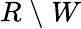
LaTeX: R\; \backslash\; W